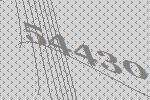
54430